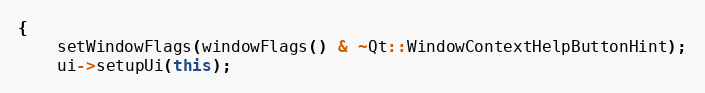
Language: C++
{
	setWindowFlags(windowFlags() & ~Qt::WindowContextHelpButtonHint);
	ui->setupUi(this);